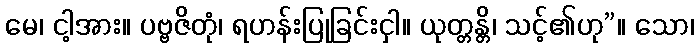
မေ၊ ငါ့အား။ ပဗ္ဗဇိတုံ၊ ရဟန်းပြုခြင်းငှါ။ ယုတ္တန္တိ၊ သင့်၏ဟု”။ သော၊